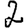
Digit: 2